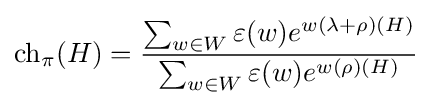
\operatorname {ch} _{\pi }(H)={\frac {\sum _{w\in W}\varepsilon (w)e^{w(\lambda +\rho )(H)}}{\sum _{w\in W}\varepsilon (w)e^{w(\rho )(H)}}}